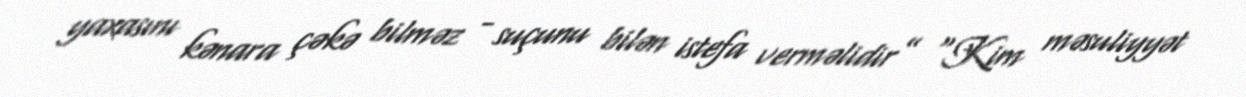
yaxasını kənara çəkə bilməz - suçunu bilən istefa verməlidir” “Kim məsuliyyət